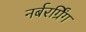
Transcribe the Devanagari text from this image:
नर्बरर्ग्रिंग